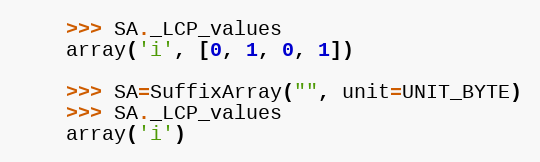
Language: Python
    >>> SA._LCP_values
    array('i', [0, 1, 0, 1])

    >>> SA=SuffixArray("", unit=UNIT_BYTE)
    >>> SA._LCP_values
    array('i')